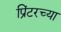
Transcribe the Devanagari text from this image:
प्रिंटरच्या